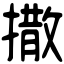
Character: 撒